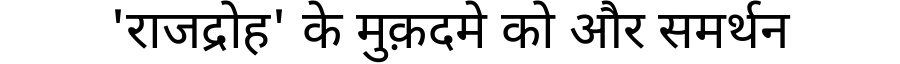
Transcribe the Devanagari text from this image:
'राजद्रोह' के मुक़दमे को और समर्थन